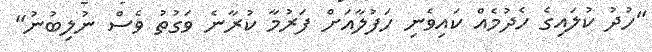
"ހުދު ކުލައިގެ ހެދުމެއް ކައިވެނި ހަފުލާއަށް ފަރުމާ ކުރާނެ ވަގުތު ވެސް ނުލިބުނު"